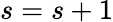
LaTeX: s=s+1